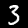
Label: 3